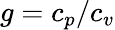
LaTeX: g=c_{p}/c_{v}